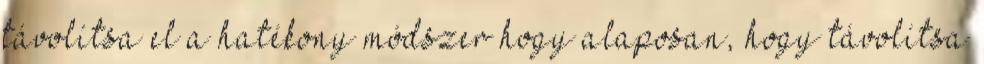
távolítsa el a hatékony módszer hogy alaposan, hogy távolítsa